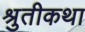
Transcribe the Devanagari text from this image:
श्रुतीकथा